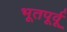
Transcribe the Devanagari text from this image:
भूतपूर्वू